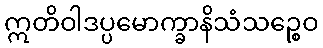
ဣတိဝါဒပ္ပမောက္ခာနိသံသဉ္စေဝ